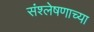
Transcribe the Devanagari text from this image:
संश्लेषणाच्या